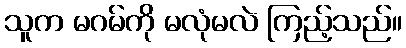
သူက မဂမ်ကို မလုံမလဲ ကြည့်သည်။